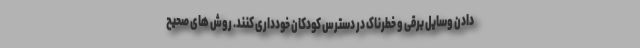
دادن وسایل برقی و خطرناک در دسترس کودکان خودداری کنند. روش های صحیح